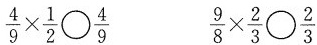
$$\frac{4}{9}\times \frac{1}{2}\bigcirc \frac{4}{9}$$ $$\frac{9}{8}\times \frac{2}{3}\bigcirc \frac{2}{3}$$